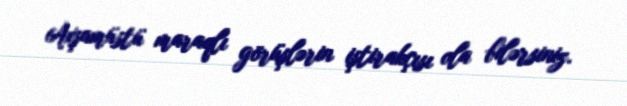
Axşamüstü maraqlı görüşlərin iştirakçısı ola bilərsiniz.